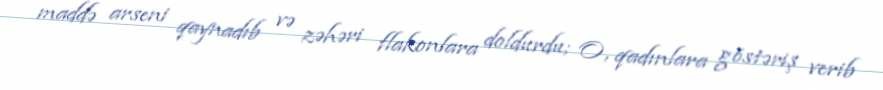
maddə arseni qaynadıb və zəhəri flakonlara doldurdu; O, qadınlara göstəriş verib